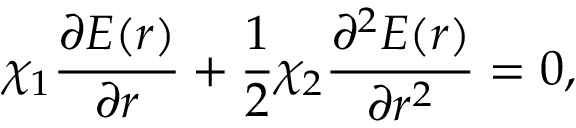
\chi _ { 1 } \frac { \partial E ( r ) } { \partial r } + \frac { 1 } { 2 } \chi _ { 2 } \frac { \partial ^ { 2 } E ( r ) } { \partial r ^ { 2 } } = 0 ,